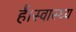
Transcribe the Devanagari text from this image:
हैं।स्वास्थ्य